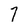
Character: 7